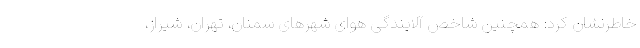
خاطرنشان کرد: همچنین شاخص آلایندگی هوای شهرهای سمنان، تهران، شیراز،